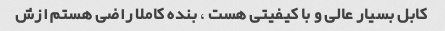
کابل بسیار عالی و با کیفیتی هست ، بنده کاملا راضی هستم ازش